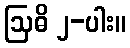
ဩဓိ ၂-ပါး။